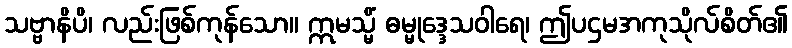
သဗ္ဗာနိပိ၊ လည်းဖြစ်ကုန်သော။ ဣမသ္မိံ ဓမ္မုဒ္ဒေသဝါရေ၊ ဤပဌမအကုသိုလ်စိတ်၏